Tartu_linnavalitsus, lk 11
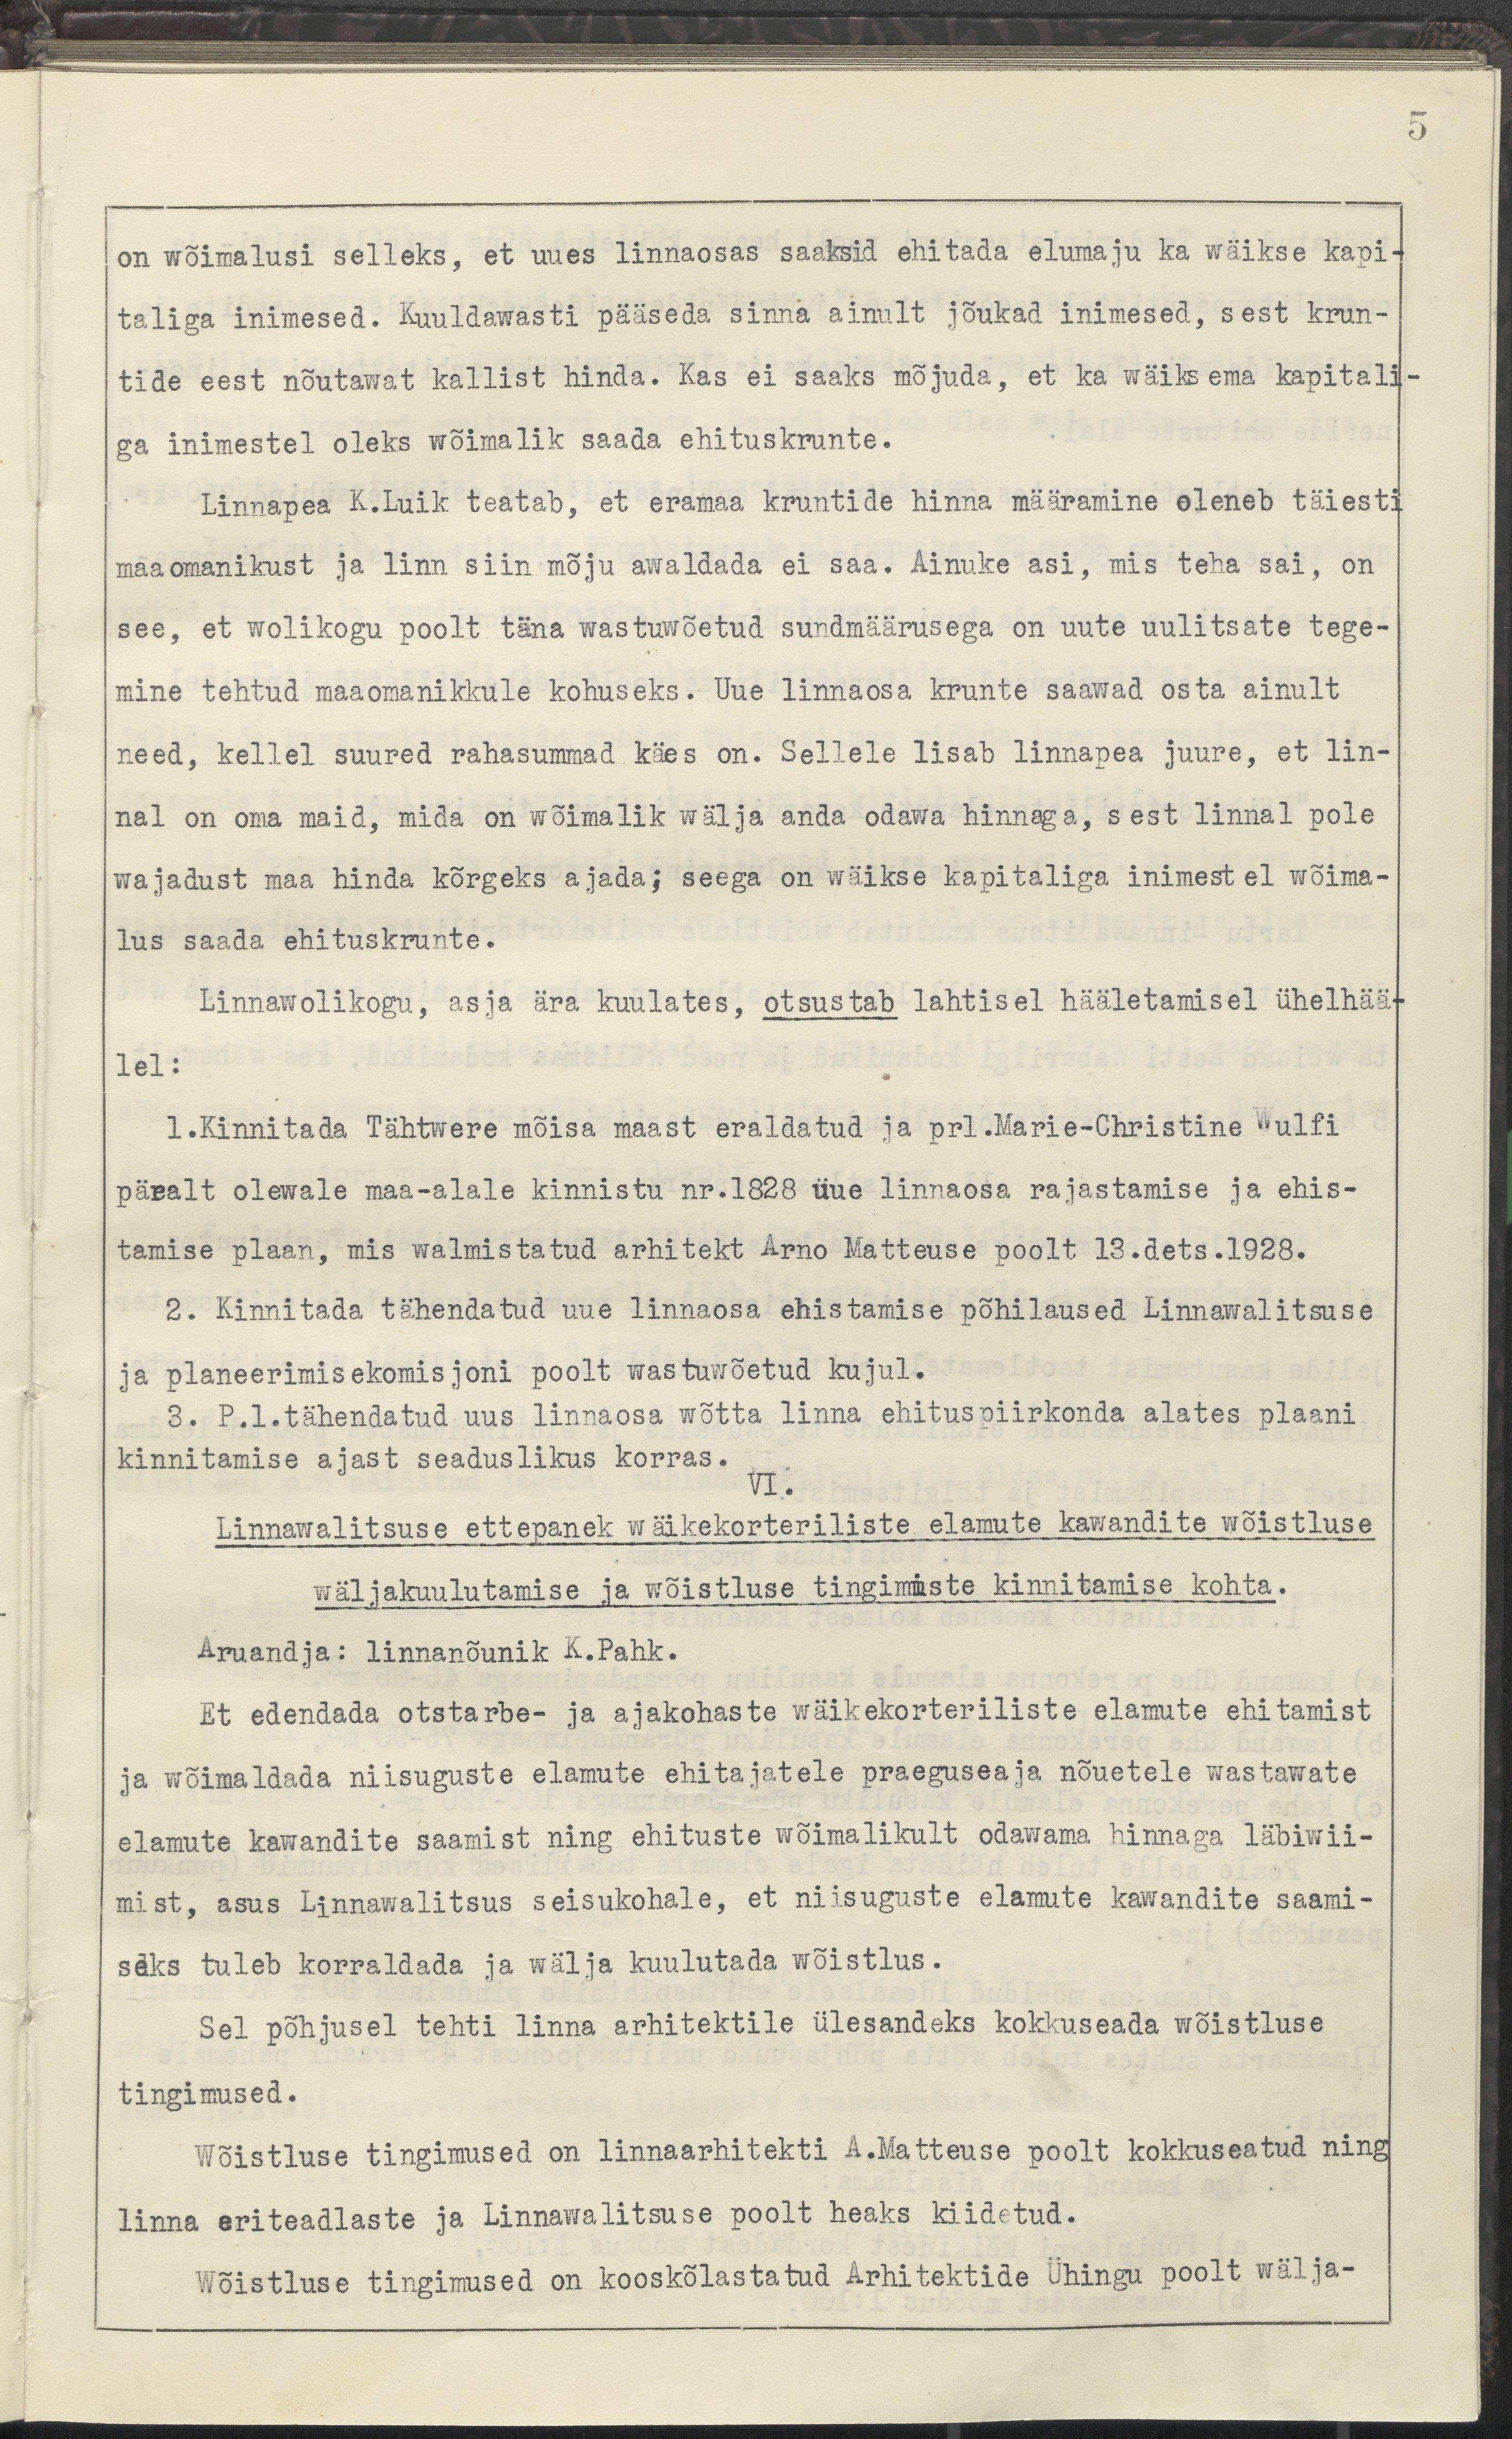
on wõimalusi selleks, et uues linnaosas saaksid ehitada elumaju ka wäikse kapi-
taliga inimesed. Kuuldawasti pääseda sinna ainult jõukad inimesed, sest krun-
tide eest nõutawat kallist hinda. Kas ei saaks mõjuda, et ka wäiksema kapitali- 
ga inimestel oleks wõimalik saada ehituskrunte.
Linnapea K. Luik teatab, et eramaa kruntide hinna määramine oleneb täiesti
maaomanikust ja linn siin mõju awaldada ei saa. Ainuke asi, mis teha sai, on
see, et wolikogu poolt täna wastuwõetud sundmäärusega on uute uulitsate tege-
mine tehtud maaomanikkude kohuseks. Uue linnaosa krunte saawad osta ainult 
need, kellel suured rahasummad käes on. Sellele lisab linnapea juure, et lin-
nal on oma maid, mida on wõimalik wälja anda odawa hinnaga, sest linnal pole
wajadust maa hinda kõrgeks ajada; seega on wäikse kapitaliga inimestel wõima-
lus saada ehituskrunte.
Linnawolikogu, asja ära kuulates, otsustab lahhtisel hääletamisel ühelhää-
lel:
1. Kinnitada Tähtwere mõisa maast eraldatud ja prl. Marie-Christine Wulfi
päralt olewale maa-alale kinnistu nr. 1828 üue linnaosa rajastamise ja ehis-
tamise plaan, mis walmistatud arhitekt Arno Matteuse poolt 13. dets 1928.
2. Kinnitada tähendatud uue linnaosa ehistamise põhilaused Linnawalitsuse
ja planeerimiskomisjoni poolt wastuwõetud kujul.
3. P. l. tähendatud uus linnaosa wõtta linna ehituspiirkonda alates plaani
kinnitamise ajast seaduslikus korras.
VI.
Linnawalitsuse ettepanek wäikekorteriliste elamute kawandite wõistluse 
wäljakuulutamise ja wõistluse tingimiste kinnitamise kohta.
Aruandja: linnanõunik K. Pahk.
Et edendada otstarbe- ja ajakohaste wäikekorteriliste elamute ehitamist
ja wõimaldada niisuguste elamute ehistajateke praeguseaja nõuetele wastawate
elamute kawandite saamist nning ehituste wõimalikult oddawama hinnaga läbiwii-
mist, asus Linnawalitsus seisukohale, et niisuguste elamute kawandite saami-
seks tuleb korraldada ja wälja kuulutada wõistlus.
Sel põhjusel tehti linna arhitektile ülesandeks kokkuseada wõistluse
tingimused.
Wõistluse tingimused on linnaarhitekti A. Matteuse poolt kokkuseatud ning 
linna eriteadlaste ja Linnawalitsuse poolt heaks kiidetud.
Wõistluse tingimused on kooskõlastatud Arhitektide Ühingu poolt wälja-